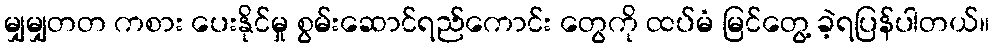
မျှမျှတတ ကစား ပေးနိုင်မှု စွမ်းဆောင်ရည်ကောင်း တွေကို ထပ်မံ မြင်တွေ့ ခဲ့ရပြန်ပါတယ်။